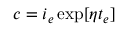
c = i _ { e } \exp [ \eta t _ { e } ]